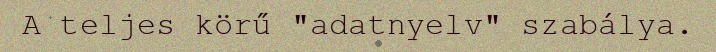
A teljes körű "adatnyelv" szabálya.